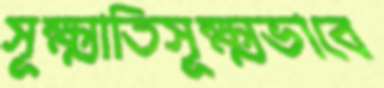
সূক্ষ্মাতিসূক্ষ্মভাবে